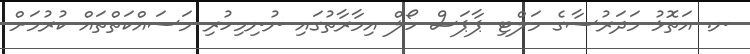
ނ. އަތޮޅު މަދަރުސާގެ މަލްޓި ޕާޕަސް ހޯލް އިމާރާތުގައި ނުނިމިހުރި މަސައްކަތްތައް ކުރުމަށް